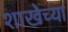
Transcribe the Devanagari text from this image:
शाखेच्‍या